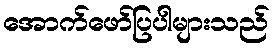
အောက်ဖော်ပြပါများသည်